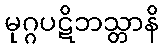
မုဂ္ဂပဋိဘသ္တာနိ